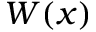
W ( x )